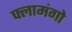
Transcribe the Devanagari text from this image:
फ्लामंगो